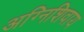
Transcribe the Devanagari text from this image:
अग्निशिवाय